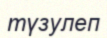
түзулеп